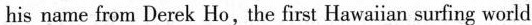
his nane from Derek Ho,the first Hawaiian gurfing world